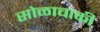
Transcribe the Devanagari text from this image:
सोळाचाकी